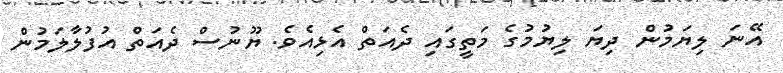
އޭނަ ލިޔަމުން ދިޔަ ލިޔުމުގެ މަތީގައި ދެއަތް އެޅިއެވެ. ޔޫނުސް ދެއަތް އުފުލާލަމުން